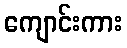
ကျောင်းကား